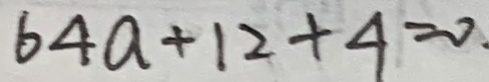
6 4 a + 1 2 + 4 = 0